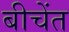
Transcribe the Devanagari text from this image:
बीचेंत